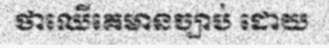
ថាឈើគេមានច្បាប់ ដោយ